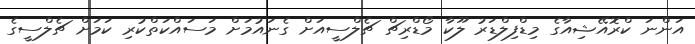
އަންނަ ކްރޮއޭޝިއާގެ މިޑްފިލްޑަރު ލޫކާ މޯޑްރިޗް ޗެލްސީއަށް ގެނައުމަށް މަސައްކަތްކުރި ކަމަށް ޗެލްސީގެ